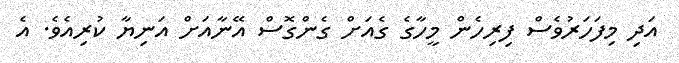
އަދި މިފަހަރުވެސް ފިރިހެން މީހާގެ ގެއަށް ގެންގޮސް އޭނާއަށް އަނިޔާ ކުރިއެވެ. އެ